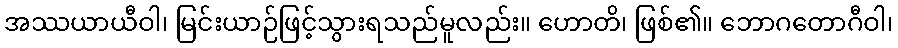
အဿယာယီဝါ၊ မြင်းယာဉ်ဖြင့်သွားရသည်မူလည်း။ ဟောတိ၊ ဖြစ်၏။ ဘောဂတောဂီဝါ၊